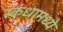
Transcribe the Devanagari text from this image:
स्कंधामध्ये